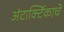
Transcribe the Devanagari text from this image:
अंटार्क्टिकाचे